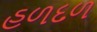
હળદળ